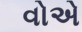
વોએ